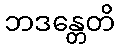
ဘဒန္တေတိ